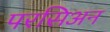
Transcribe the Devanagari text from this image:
परसिअन